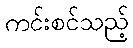
ကင်းစင်သည့်